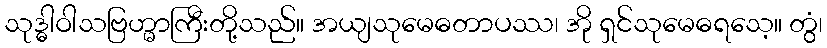
သုဒ္ဓါဝါသဗြဟ္မာကြီးတို့သည်။ အယျသုမေဓတာပဿ၊ အို ရှင်သုမေဓရသေ့။ တွံ၊